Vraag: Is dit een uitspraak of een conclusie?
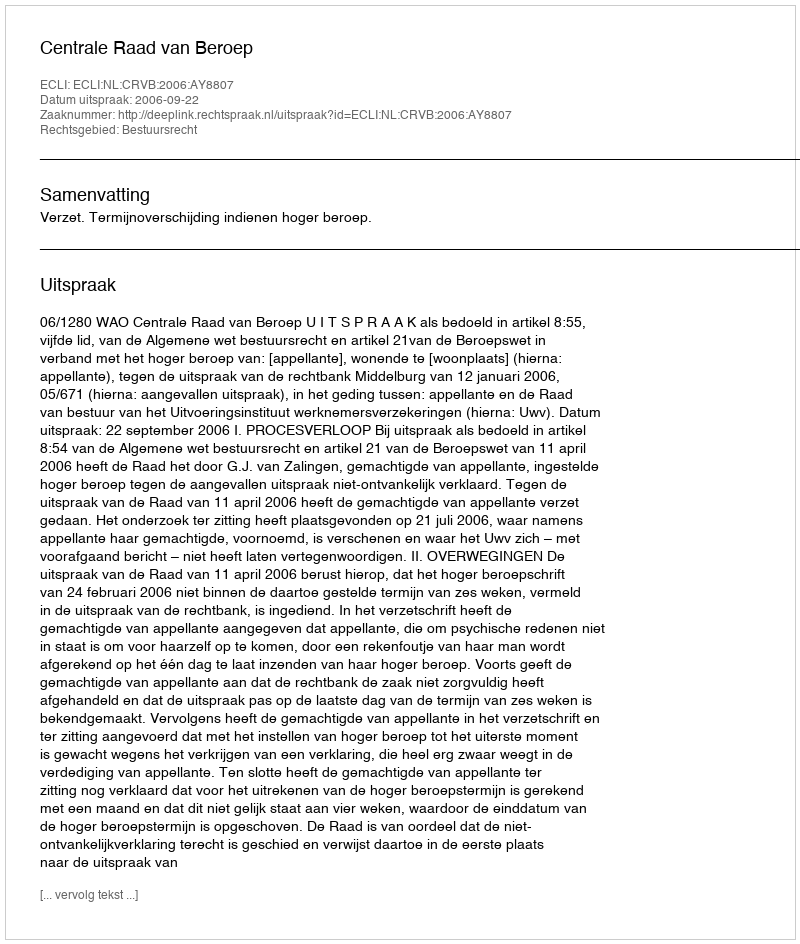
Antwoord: Uitspraak